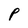
Character: P